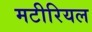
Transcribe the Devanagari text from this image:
मटीरियल